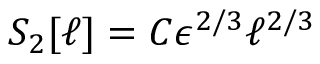
S _ { 2 } [ \ell ] = C \epsilon ^ { 2 / 3 } \ell ^ { 2 / 3 }